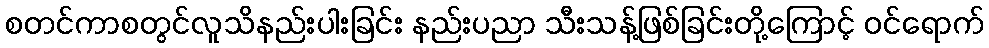
စတင်ကာစတွင်လူသိနည်းပါးခြင်း နည်းပညာ သီးသန့်ဖြစ်ခြင်းတို့ကြောင့် ဝင်ရောက်